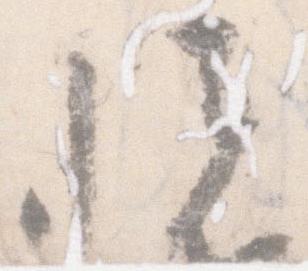
悦